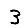
Digit: 3